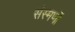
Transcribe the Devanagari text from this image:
संस्मर्णो